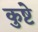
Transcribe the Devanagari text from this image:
कुष्टे